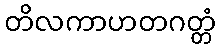
တိလကာဟတဂတ္တံ